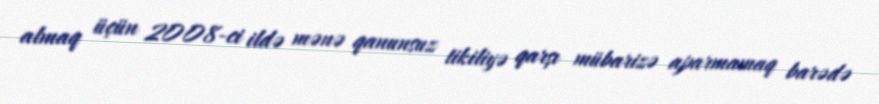
almaq üçün 2008-ci ildə mənə qanunsuz tikiliyə qarşı mübarizə aparmamaq barədə